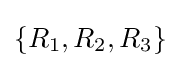
\left\{R_{1},R_{2},R_{3}\right\}